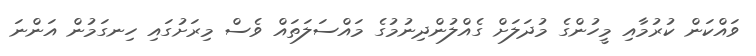
ވައްކަން ކުރުމާއި މީހުންގެ މުދަލަށް ގެއްލުންދިނުމުގެ މައްސަލަތައް ވެސް މިރަށުގައި ހިނގަމުން އަންނަ